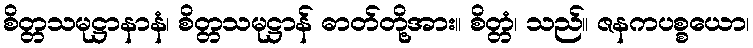
စိတ္တသမုဋ္ဌာနာနံ၊ စိတ္တသမုဋ္ဌာန် ဓာတ်တို့အား။ စိတ္တံ၊ သည်။ ဇနကပစ္စယော၊